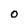
Character: 0